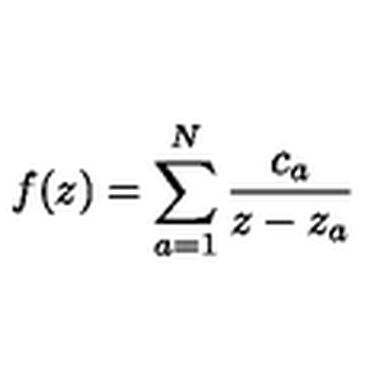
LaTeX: f ( z ) = \sum _ { a = 1 } ^ { N } { \frac { c _ { a } } { z - z _ { a } } }